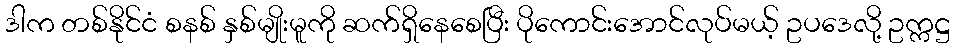
ဒါက တစ်နိုင်ငံ စနစ် နှစ်မျိုးမူကို ဆက်ရှိနေစေပြီး ပိုကောင်းအောင်လုပ်မယ့် ဥပဒေလို့ ဥက္ကဋ္ဌ